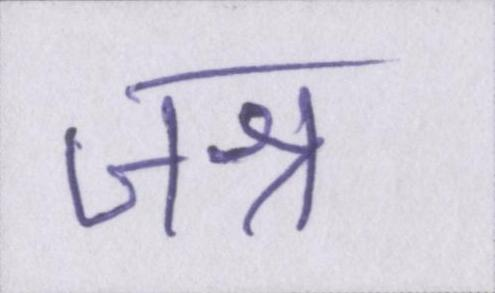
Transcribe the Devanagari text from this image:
जश्न